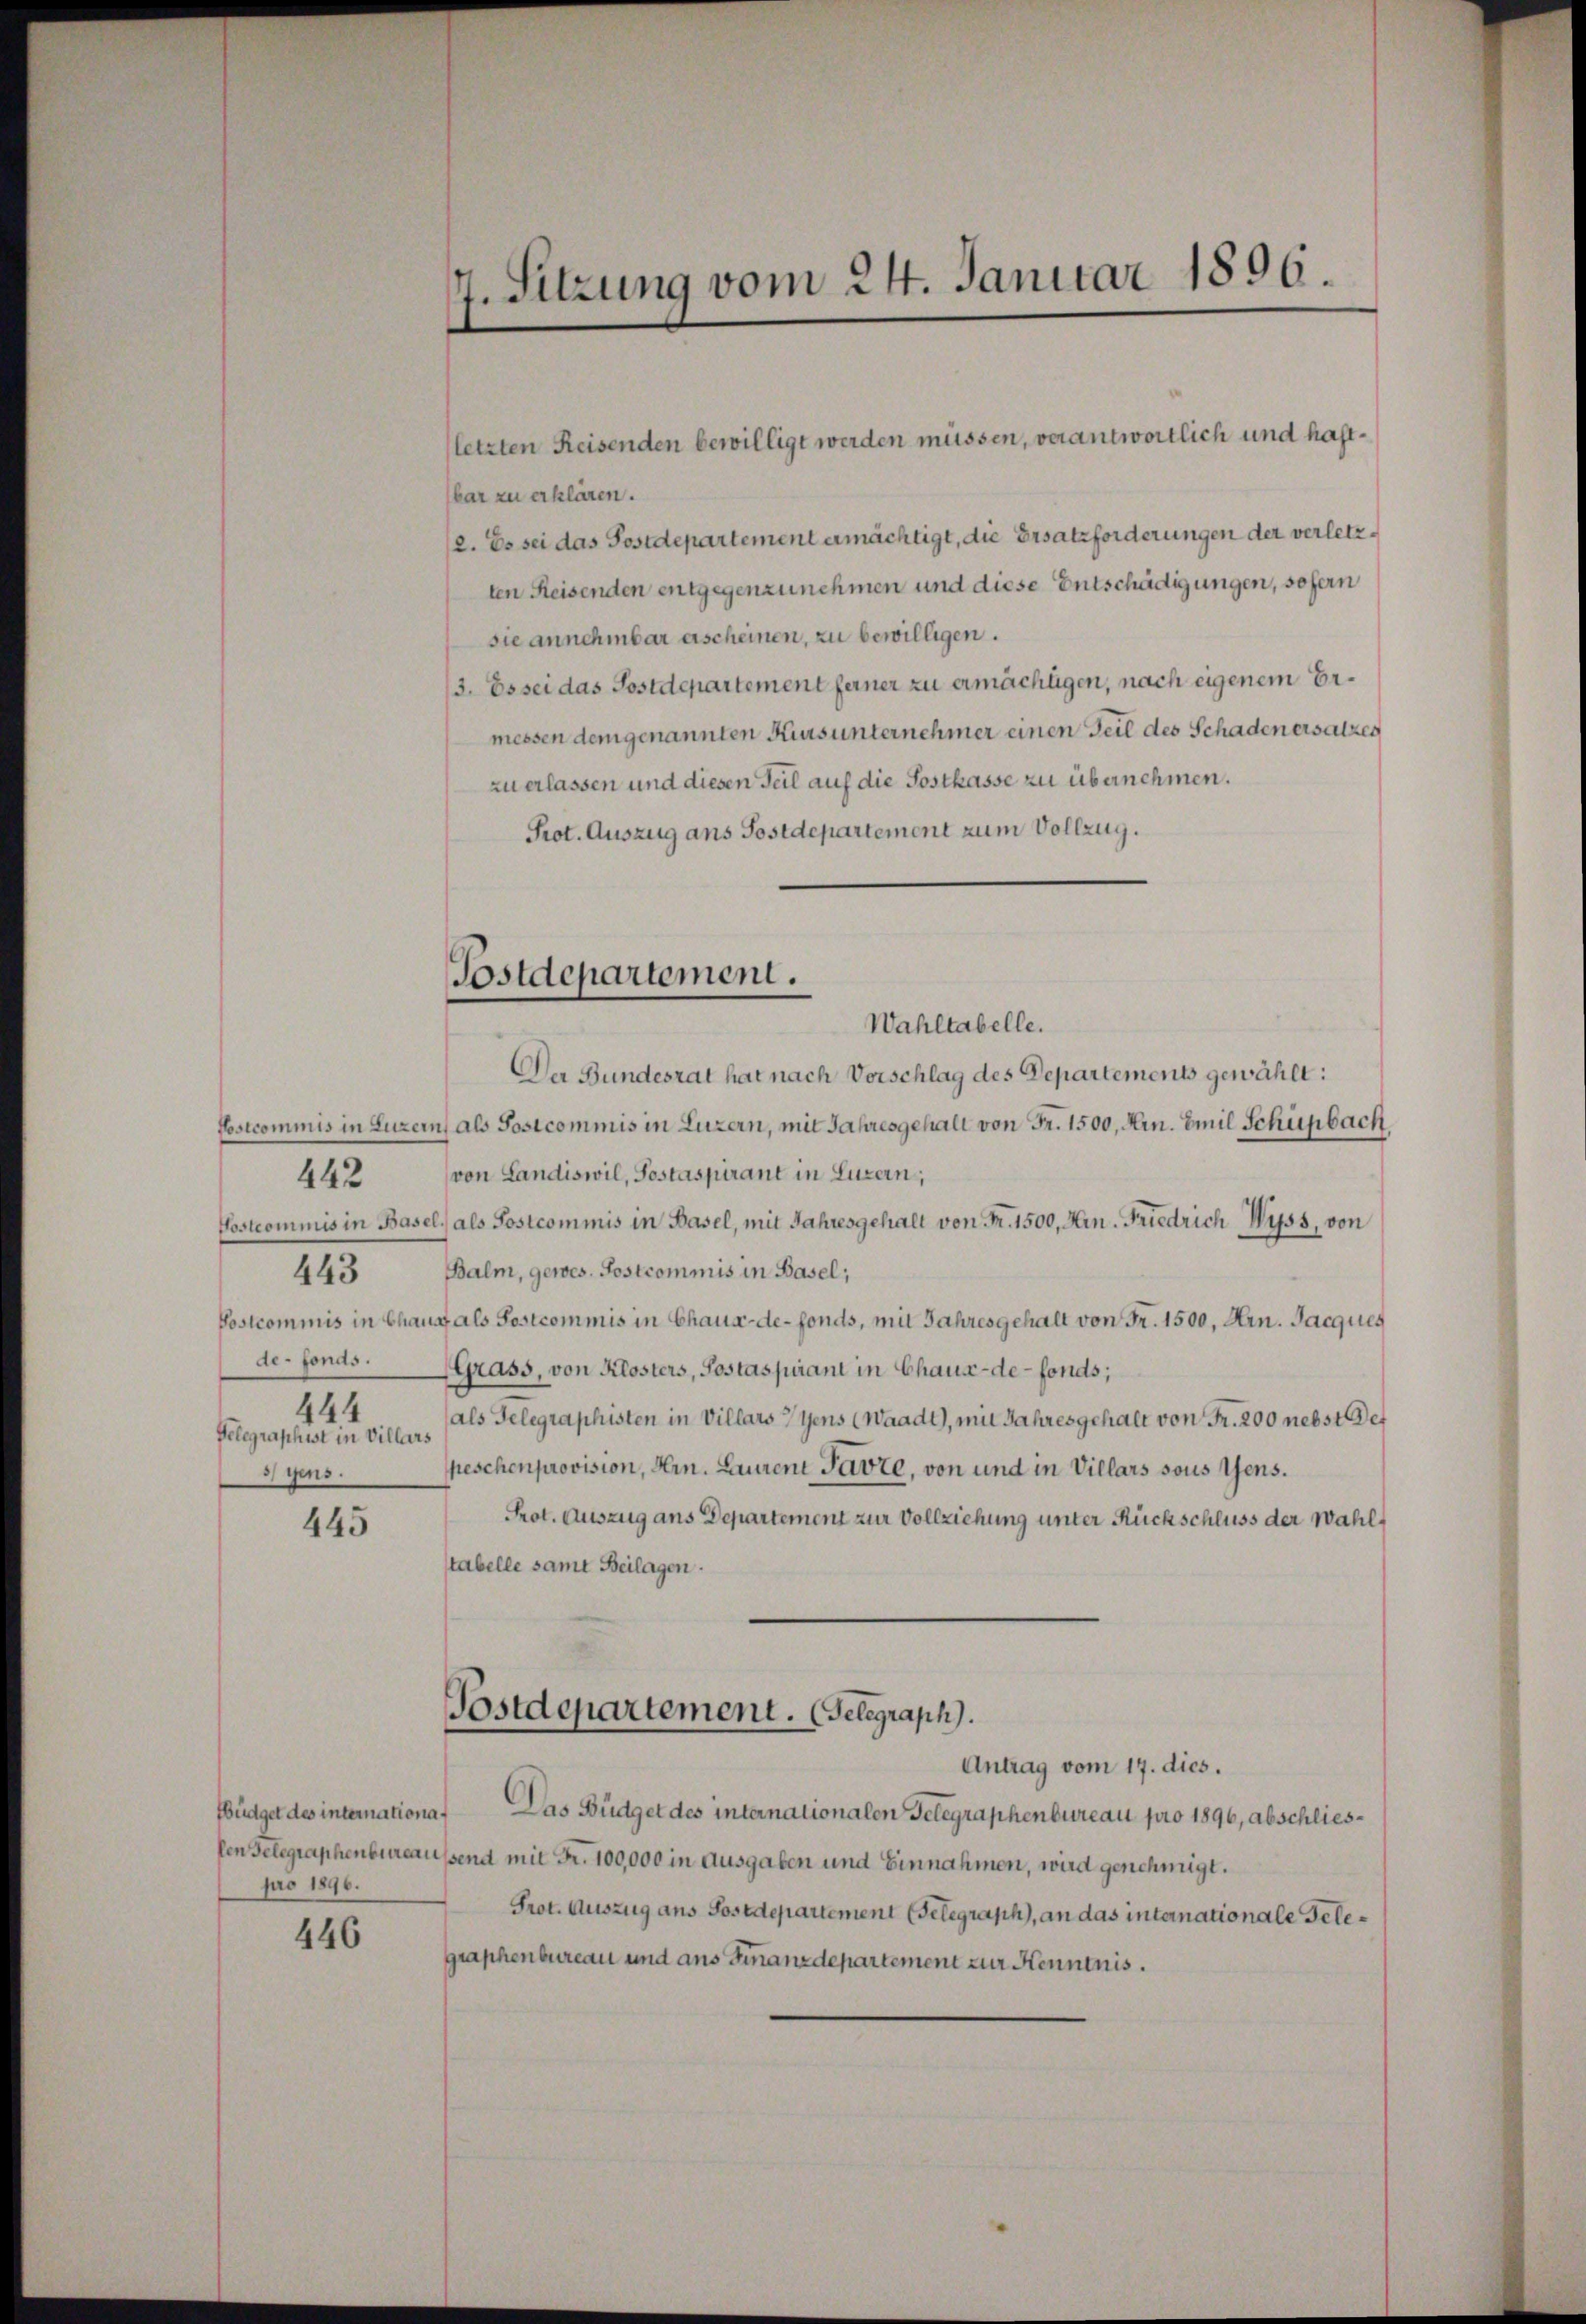
de-Fonds.
444
Gelegraphist in Villars
gens.

442

443

445

bar zu erklären.
2. Es sei das Sostdepartement ermächtigt, die Ersatzforderungen der verletzten Reisenden entgegenzunehmen und diese Entschädigungen, sofern
sie annehmbar erscheinen, zu bewilligen.
/3. Es sei das Sostdepartement ferner zu ermächtigen, nach eigenem Ermessen dem genannten Kurs unternehmer einen Teil des Schaden ersalzen
zu erlassen und diesen Teil auf die Postkasse zu übernehmen.
Prot. Auszug ans Postdepartement zum Vollzug.
Wahltabelle.
Der Bundesrat hat nach Vorschlag des Departements gewählt:
Postcommis in Luzern, als Sosicommis in Luzern, mit Jahresgehalt von Fr. 1500, Arn. Emil Schüpbach
von Landiswil, Sostaspirant in Luzern,
Postcommis in Basel, als Sostcommis in Basel, mit Jahresgehalt von Fr. 1500, Hrn. Friedrich Wyss, von
Balm, gewes. Sostcommis in Basel;
Postcommis in Chaus als Postcommis in Chaux-de-Fonds, mit Jahresgehalt von Fr. 1500, Hrn. Jacques
Grass, von Klosters, Postaspirant in Chaux-de-Fonds;
(als Telegraphisten in Villars Gens (Waadt), mit Jahresgehalt von Fr. 200 nebst Det
peschenprovision, Hrn. Lauren Parte, von und in Villars sous Gens.
Prot. Auszug ans Departement zur Vollziehung unter Rückschluss der Wahlstabelle samt Beilagen.
Postdepartement. Gelegraph.
Antrag vom 17. dies.
Büdget des internationa. Das Büdget des internationalen Gelegraphenbureau pro 1896, abschlieslen Gelegraphenbureaussend mit Fr. 100,000 in Ausgaben und Einnahmen, wird genehmigt.
Prot. Auszug aus Sostdepartement (Telegraph, an das internationale Gelegraphenbureau und ans Finanzdepartement zur Kenntnis.

pro 1896.

446

7. Sitzung vom 24. Januar 1896.

(letzten Reisenden bewilligt werden müssen, verantwortlich und haft¬

Postdepartement.